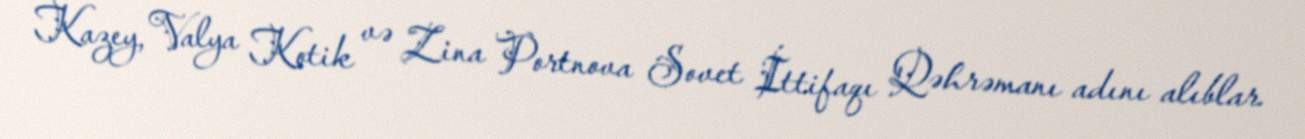
Kazey, Valya Kotik və Zina Portnova Sovet İttifaqı Qəhrəmanı adını alıblar.